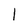
Character: l